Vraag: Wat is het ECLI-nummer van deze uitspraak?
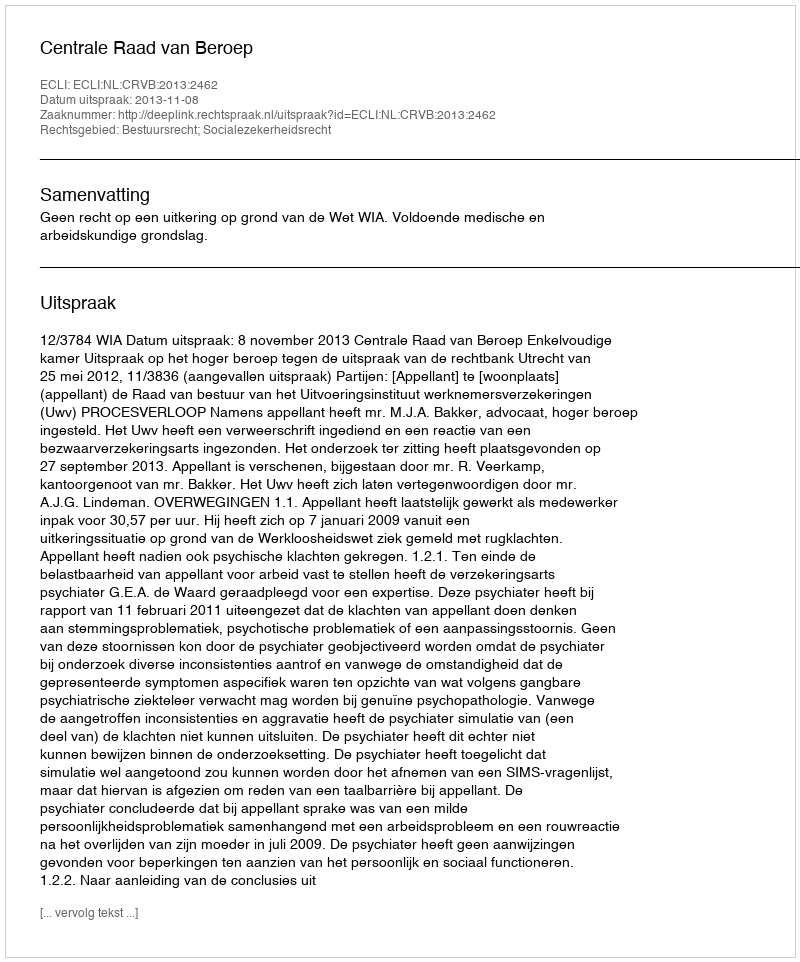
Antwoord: ECLI:NL:CRVB:2013:2462